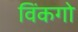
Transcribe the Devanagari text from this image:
विंकगो